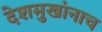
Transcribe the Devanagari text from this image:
देशमुखांनाच